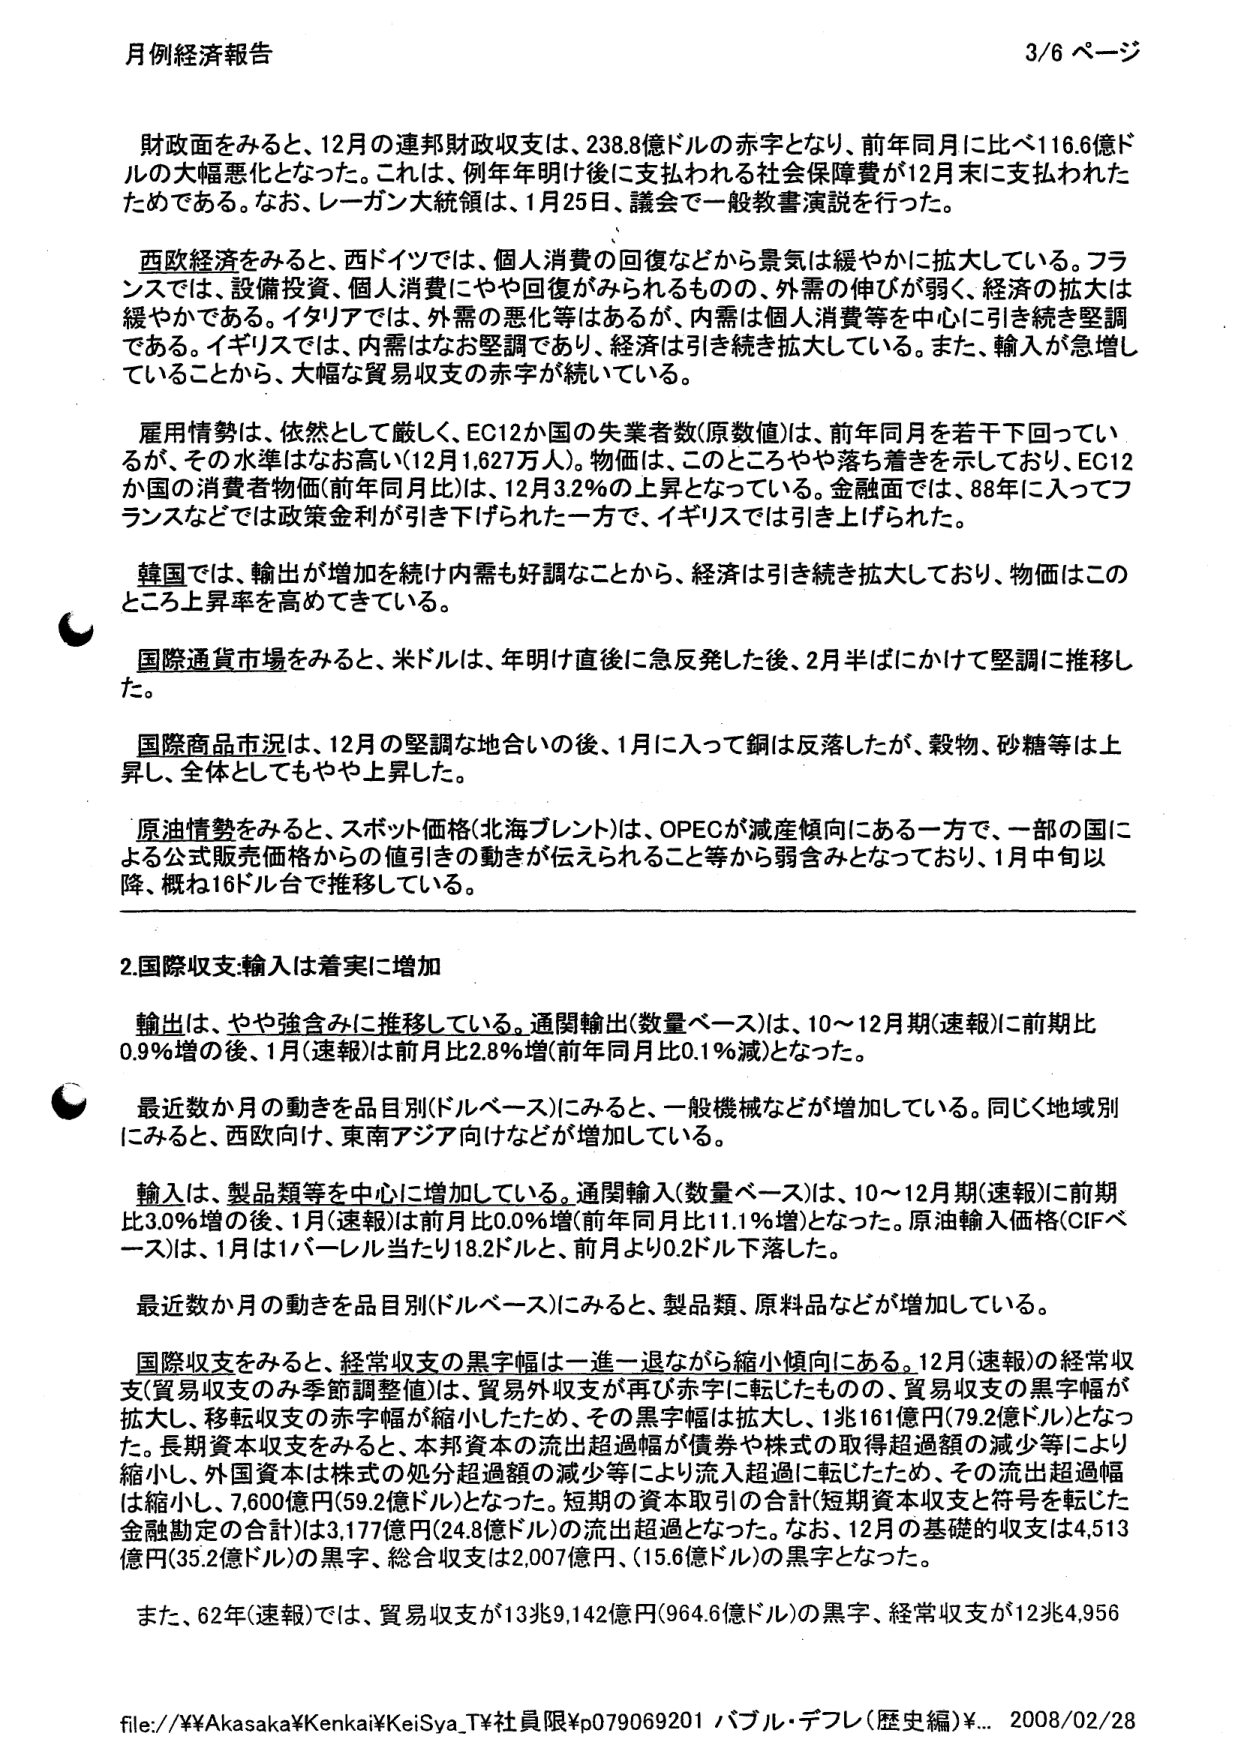
月例経済報告 3/6 ページ

財政面をみると、12月の連邦財政収支は、238.8億ドルの赤字となり、前年同月に比べ116.6億ドルの大幅悪化となった。これは、例年年明け後に支払われる社会保障費が12月末に支払われたためである。なお、レーガン大統領は、1月25日、議会で一般教書演説を行った。

西欧経済をみると、西ドイツでは、個人消費の回復などから景気は緩やかに拡大している。フランスでは、設備投資、個人消費にやや回復がみられるものの、外需の伸びが弱く、経済の拡大は緩やかである。イタリアでは、外需の悪化等はあるが、内需は個人消費等を中心に引き続き堅調である。イギリスでは、内需はなお堅調であり、経済は引き続き拡大している。また、輸入が急増していることから、大幅な貿易収支の赤字が続いている。

雇用情勢は、依然として厳しく、EC12か国の失業者数（原数値）は、前年同月を若干下回っているが、その水準はなお高い（12月1,627万人）。物価は、このところやや落ち着きを示しており、EC12か国の消費者物価（前年同月比）は、12月3.2％の上昇となっている。金融面では、88年に入ってフランスなどでは政策金利が引き下げられた一方で、イギリスでは引き上げられた。

韓国では、輸出が増加を続け内需も好調なことから、経済は引き続き拡大しており、物価はこのところ上昇率を高めてきている。

国際通貨市場をみると、米ドルは、年明け直後に急反発した後、2月半ばにかけて堅調に推移した。

国際商品市況は、12月の堅調な地合いの後、1月に入って銅は反落したが、穀物、砂糖等は上昇し、全体としてもやや上昇した。

原油情勢をみると、スポット価格（北海ブレント）は、OPECが減産傾向にある一方で、一部の国による公式販売価格からの値引きの動きが伝えられること等から弱含みとなっており、1月中旬以降、概ね16ドル台で推移している。

2.国際収支・輸入は着実に増加

輸出は、やや強含みに推移している。通関輸出（数量ベース）は、10～12月期（速報）に前期比0.9％増の後、1月（速報）は前月比2.8％増（前年同月比0.1％減）となった。

最近数か月の動きを品目別（ドルベース）にみると、一般機械などが増加している。同じく地域別にみると、西欧向け、東南アジア向けなどが増加している。

輸入は、製品類等を中心に増加している。通関輸入（数量ベース）は、10～12月期（速報）に前期比3.0％増の後、1月（速報）は前月比0.0％増（前年同月比11.1％増）となった。原油輸入価格（CIFベース）は、1月は1バレル当たり18.2ドルと、前月より0.2ドル下落した。

最近数か月の動きを品目別（ドルベース）にみると、製品類、原料品などが増加している。

国際収支をみると、経常収支の黒字幅は一進一退ながら縮小傾向にある。12月（速報）の経常収支（貿易収支のみ季節調整値）は、貿易外収支が再び赤字に転じたものの、貿易収支の黒字幅が拡大し、移転収支の赤字幅が縮小したため、その黒字幅は拡大し、1兆161億円（79.2億ドル）となった。長期資本収支をみると、本邦資本の流出超過額が債券や株式の取得超過額の減少等により縮小し、外国資本は株式の処分超過額の減少等により流入超過に転じたため、その流出超過幅は縮小し、7,600億円（59.2億ドル）となった。短期の資本取引の合計（短期資本収支と符号を転じた金融勘定の合計）は3,177億円（24.8億ドル）の流出超過となった。なお、12月の基礎的収支は4,513億円（35.2億ドル）の黒字、総合収支は2,007億円、（15.6億ドル）の黒字となった。

また、62年（速報）では、貿易収支が13兆9,142億円（964.6億ドル）の黒字、経常収支が12兆4,956

file://¥¥Akasaka¥Kenkai¥KeiSya_T¥社員限¥p079069201 バブル・デフレ（歴史編）¥... 2008/02/28